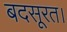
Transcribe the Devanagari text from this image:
बदसूरत।